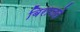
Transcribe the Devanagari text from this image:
बिराजते